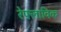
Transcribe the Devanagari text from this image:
रेफ्लाविक